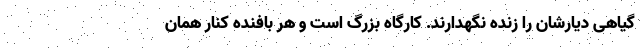
گیاهی دیارشان را زنده نگهدارند. کارگاه بزرگ است و هر بافنده کنار همان